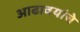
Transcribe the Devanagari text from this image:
आढावयांचे